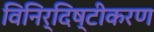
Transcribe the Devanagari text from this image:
विनिर्दिष्टीकरण